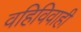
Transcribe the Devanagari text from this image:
वहिविवाही